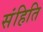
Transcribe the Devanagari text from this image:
संहिति